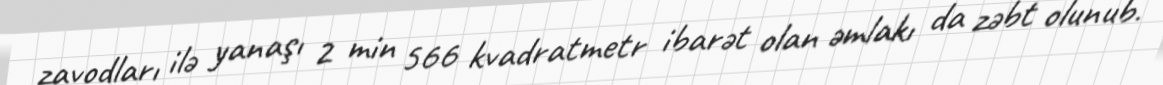
zavodları ilə yanaşı 2 min 566 kvadratmetr ibarət olan əmlakı da zəbt olunub.